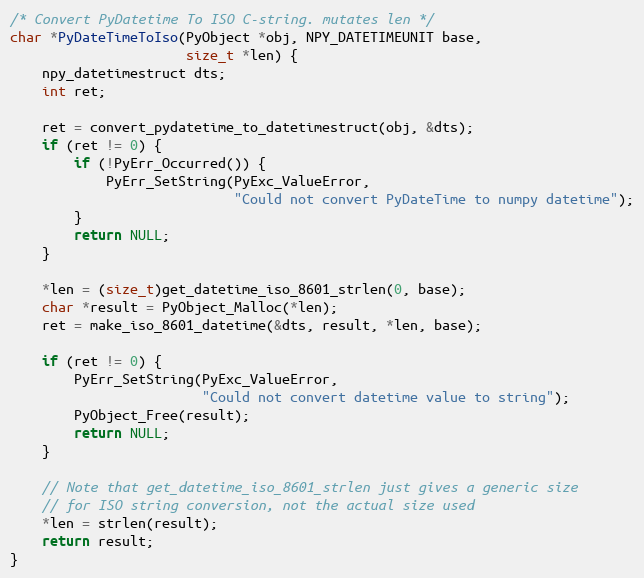
Language: C
/* Convert PyDatetime To ISO C-string. mutates len */
char *PyDateTimeToIso(PyObject *obj, NPY_DATETIMEUNIT base,
                      size_t *len) {
    npy_datetimestruct dts;
    int ret;

    ret = convert_pydatetime_to_datetimestruct(obj, &dts);
    if (ret != 0) {
        if (!PyErr_Occurred()) {
            PyErr_SetString(PyExc_ValueError,
                            "Could not convert PyDateTime to numpy datetime");
        }
        return NULL;
    }

    *len = (size_t)get_datetime_iso_8601_strlen(0, base);
    char *result = PyObject_Malloc(*len);
    ret = make_iso_8601_datetime(&dts, result, *len, base);

    if (ret != 0) {
        PyErr_SetString(PyExc_ValueError,
                        "Could not convert datetime value to string");
        PyObject_Free(result);
        return NULL;
    }

    // Note that get_datetime_iso_8601_strlen just gives a generic size
    // for ISO string conversion, not the actual size used
    *len = strlen(result);
    return result;
}